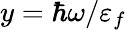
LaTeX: y=\hbar\omega/\varepsilon_{f}